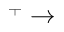
^ + \rightarrow